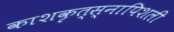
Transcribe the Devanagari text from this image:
काशकृत्स्नापिशली